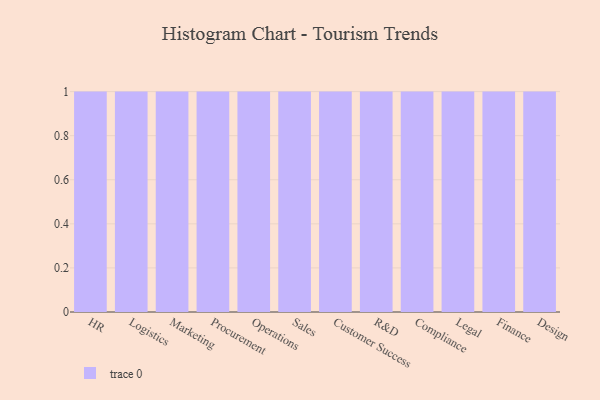
{"axis": {"x": "Department", "y": "Shipments"}, "legend": [""], "data": [{"x": "HR", "y": 17, "type": ""}, {"x": "Logistics", "y": 35, "type": ""}, {"x": "Marketing", "y": 86, "type": ""}, {"x": "Procurement", "y": 76, "type": ""}, {"x": "Operations", "y": 84, "type": ""}, {"x": "Sales", "y": 84, "type": ""}, {"x": "Customer Success", "y": 2, "type": ""}, {"x": "R&D", "y": 15, "type": ""}, {"x": "Compliance", "y": 17, "type": ""}, {"x": "Legal", "y": 77, "type": ""}, {"x": "Finance", "y": 83, "type": ""}, {"x": "Design", "y": 23, "type": ""}]}